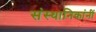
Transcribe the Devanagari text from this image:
संस्थानिकांनीं